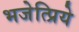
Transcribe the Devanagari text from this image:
भजेत्प्रिये